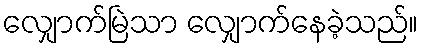
လျှောက်မြဲသာ လျှောက်နေခဲ့သည်။